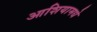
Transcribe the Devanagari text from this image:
आशियामधे